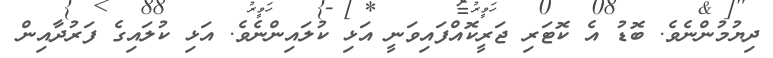
ދިޔުމުންނެވެ. ބޮޑު އެ ކޮޓަރި ޖަރީކޮއްފައިވަނީ އަޅި ކުލައިންނެވެ. އަޅި ކުލައިގެ ފަރުދާއިން